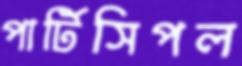
পার্টিসিপল